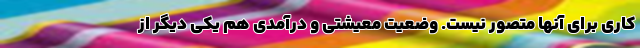
کاری برای‌ آنها متصور نیست. وضعیت معیشتی و درآمدی هم یکی دیگر از